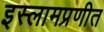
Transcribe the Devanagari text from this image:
इस्लामप्रणीत